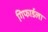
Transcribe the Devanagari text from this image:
गिफार्डला